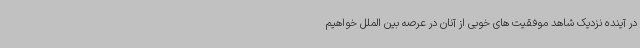
در آینده نزدیک شاهد موفقیت های خوبی از آنان در عرصه بین الملل خواهیم